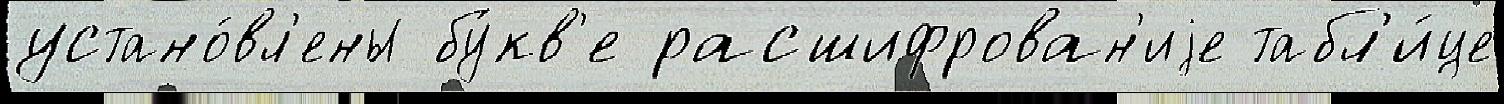
устано́вл'ены бу́кв'е расшифрован'иjе табл'и́це